Vaccination United Provinces of Agra and Oudh 1902-1913 - 1902-1913
Year: 1902
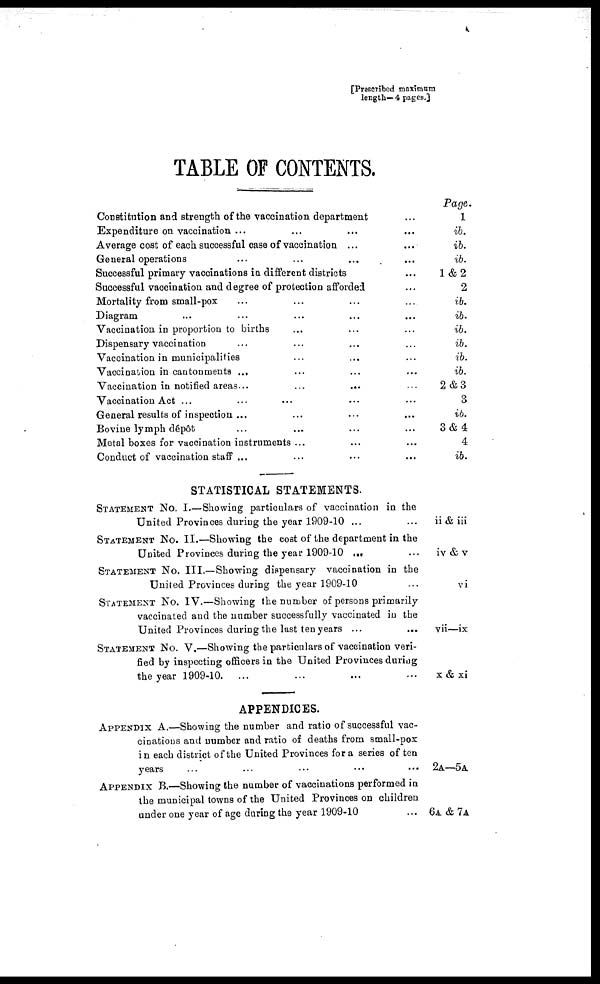
[Prescribed maximum
length— 4 pages.]
TABLE OF CONTENTS.
Constitution and strength of the vaccination department ... ...
Expenditure on vaccination ...
Average cost of each successful case of vaccination ...
General operations ... ... ... ...
Successful primary vaccinations in different districts ...
Successful vaccination and degree of protection afforded ...
Mortality from small-pox ... ... ... ...
Diagram ... ... ... ... ... ... ...
Vaccination in proportion to births ... ... ... ...
Dispensary vaccination ... ... ... ...
Vaccination in municipalities ... ... ... ... ...
Vaccination in cantonments ... ... ... ...
Vaccination in notified areas...
...
...
...
...
Vaccination Act ... ... ... ...
General results of inspection ... ... ... ...
Bovine lymph dépôt ... ... ... ... ...
Metal boxes for vaccination instruments ... ... ... ... ...
Conduct of vaccination staff ... ... ... ... ... ...
STATISTICAL STATEMENTS.
STATEMENT No. I.—Showing particulars of vaccination in the
United Provinces during the year 1909-10 ... ... ...
STATEMENT No. II.—Showing the cost of the department in the
United Provinces during the year 1909-10 ... ... ...
STATEMENT No. III.—Showing dispensary vaccination in the
United Provinces during the year 1909-10 ... ... ...
STATEMENT No. IV.—Showing the number of persons primarily
vaccinated and the number successfully vaccinated in the
United Provinces during the last ten years
...
...
...
STATEMENT No. V.—Showing the particulars of vaccination veri-
fied by inspecting officers in the United Provinces during
the year 1909-10. ... ... ... ...
APPENDICES.
APPENDIX A.—Showing the number and ratio of successful vac-
cinations and number and ratio of deaths from small-pox
in each district of the United Provinces for a series of ten
years ... ... ...
APPENDIX B.—Showing the number of vaccinations performed in
the municipal towns of the United Provinces on children
under one year of age during the year 1909-10 ... ... ...
Page.
1
ib.
ib.
ib.
1&2
2
ib.
ib.
ib.
ib.
ib.
ib.
2&3
3
ib.
3&4
4
ib.
ii & iii
iv & v
vi
vii—ix
x & xi
2A—5A
6A&7A